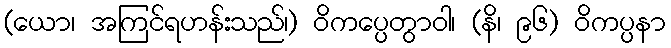
(ယော၊ အကြင်ရဟန်းသည်၊) ဝိကပ္ပေတွာဝါ၊ (နိ၊ ၉၆) ဝိကပ္ပနာ